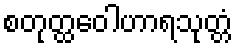
စတုတ္ထဝေါဟာရသုတ္တံ